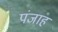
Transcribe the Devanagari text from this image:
पंजाह